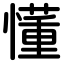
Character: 懂